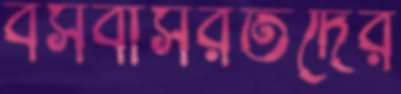
বসবাসরতদের